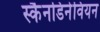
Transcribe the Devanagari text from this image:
स्कैनडिनेवियन